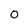
Character: 0